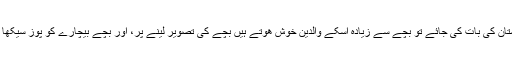
اس کے برعکس اگر پاکستان کی بات کی جائے تو بچے سے زیادہ اسکے والدین خوش ھوتے ہیں بچے کی تصویر لینے پر، اور بچے بیچارے کو پوز سیکھا سیکھا کر تھکا دیتے ہیں۔